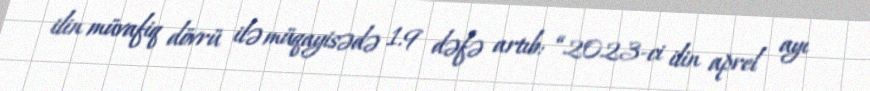
ilin müvafiq dövrü ilə müqayisədə 1.9 dəfə artıb: “2023-ci ilin aprel ayı